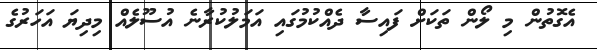
އެގޮތުން މި ލޯން ތަކަށް ފައިސާ ދެއްކުމުގައި އަމަލުކުރާނެ އުސޫލެއް މިދިޔަ އަހަރުގެ